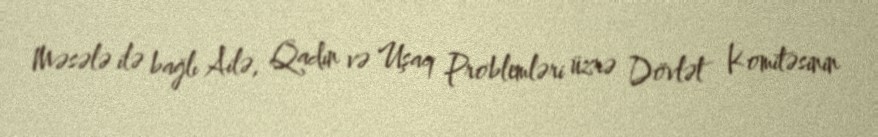
Məsələ ilə bağlı Ailə, Qadın və Uşaq Problemləri üzrə Dövlət Komitəsinin